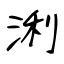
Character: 浰